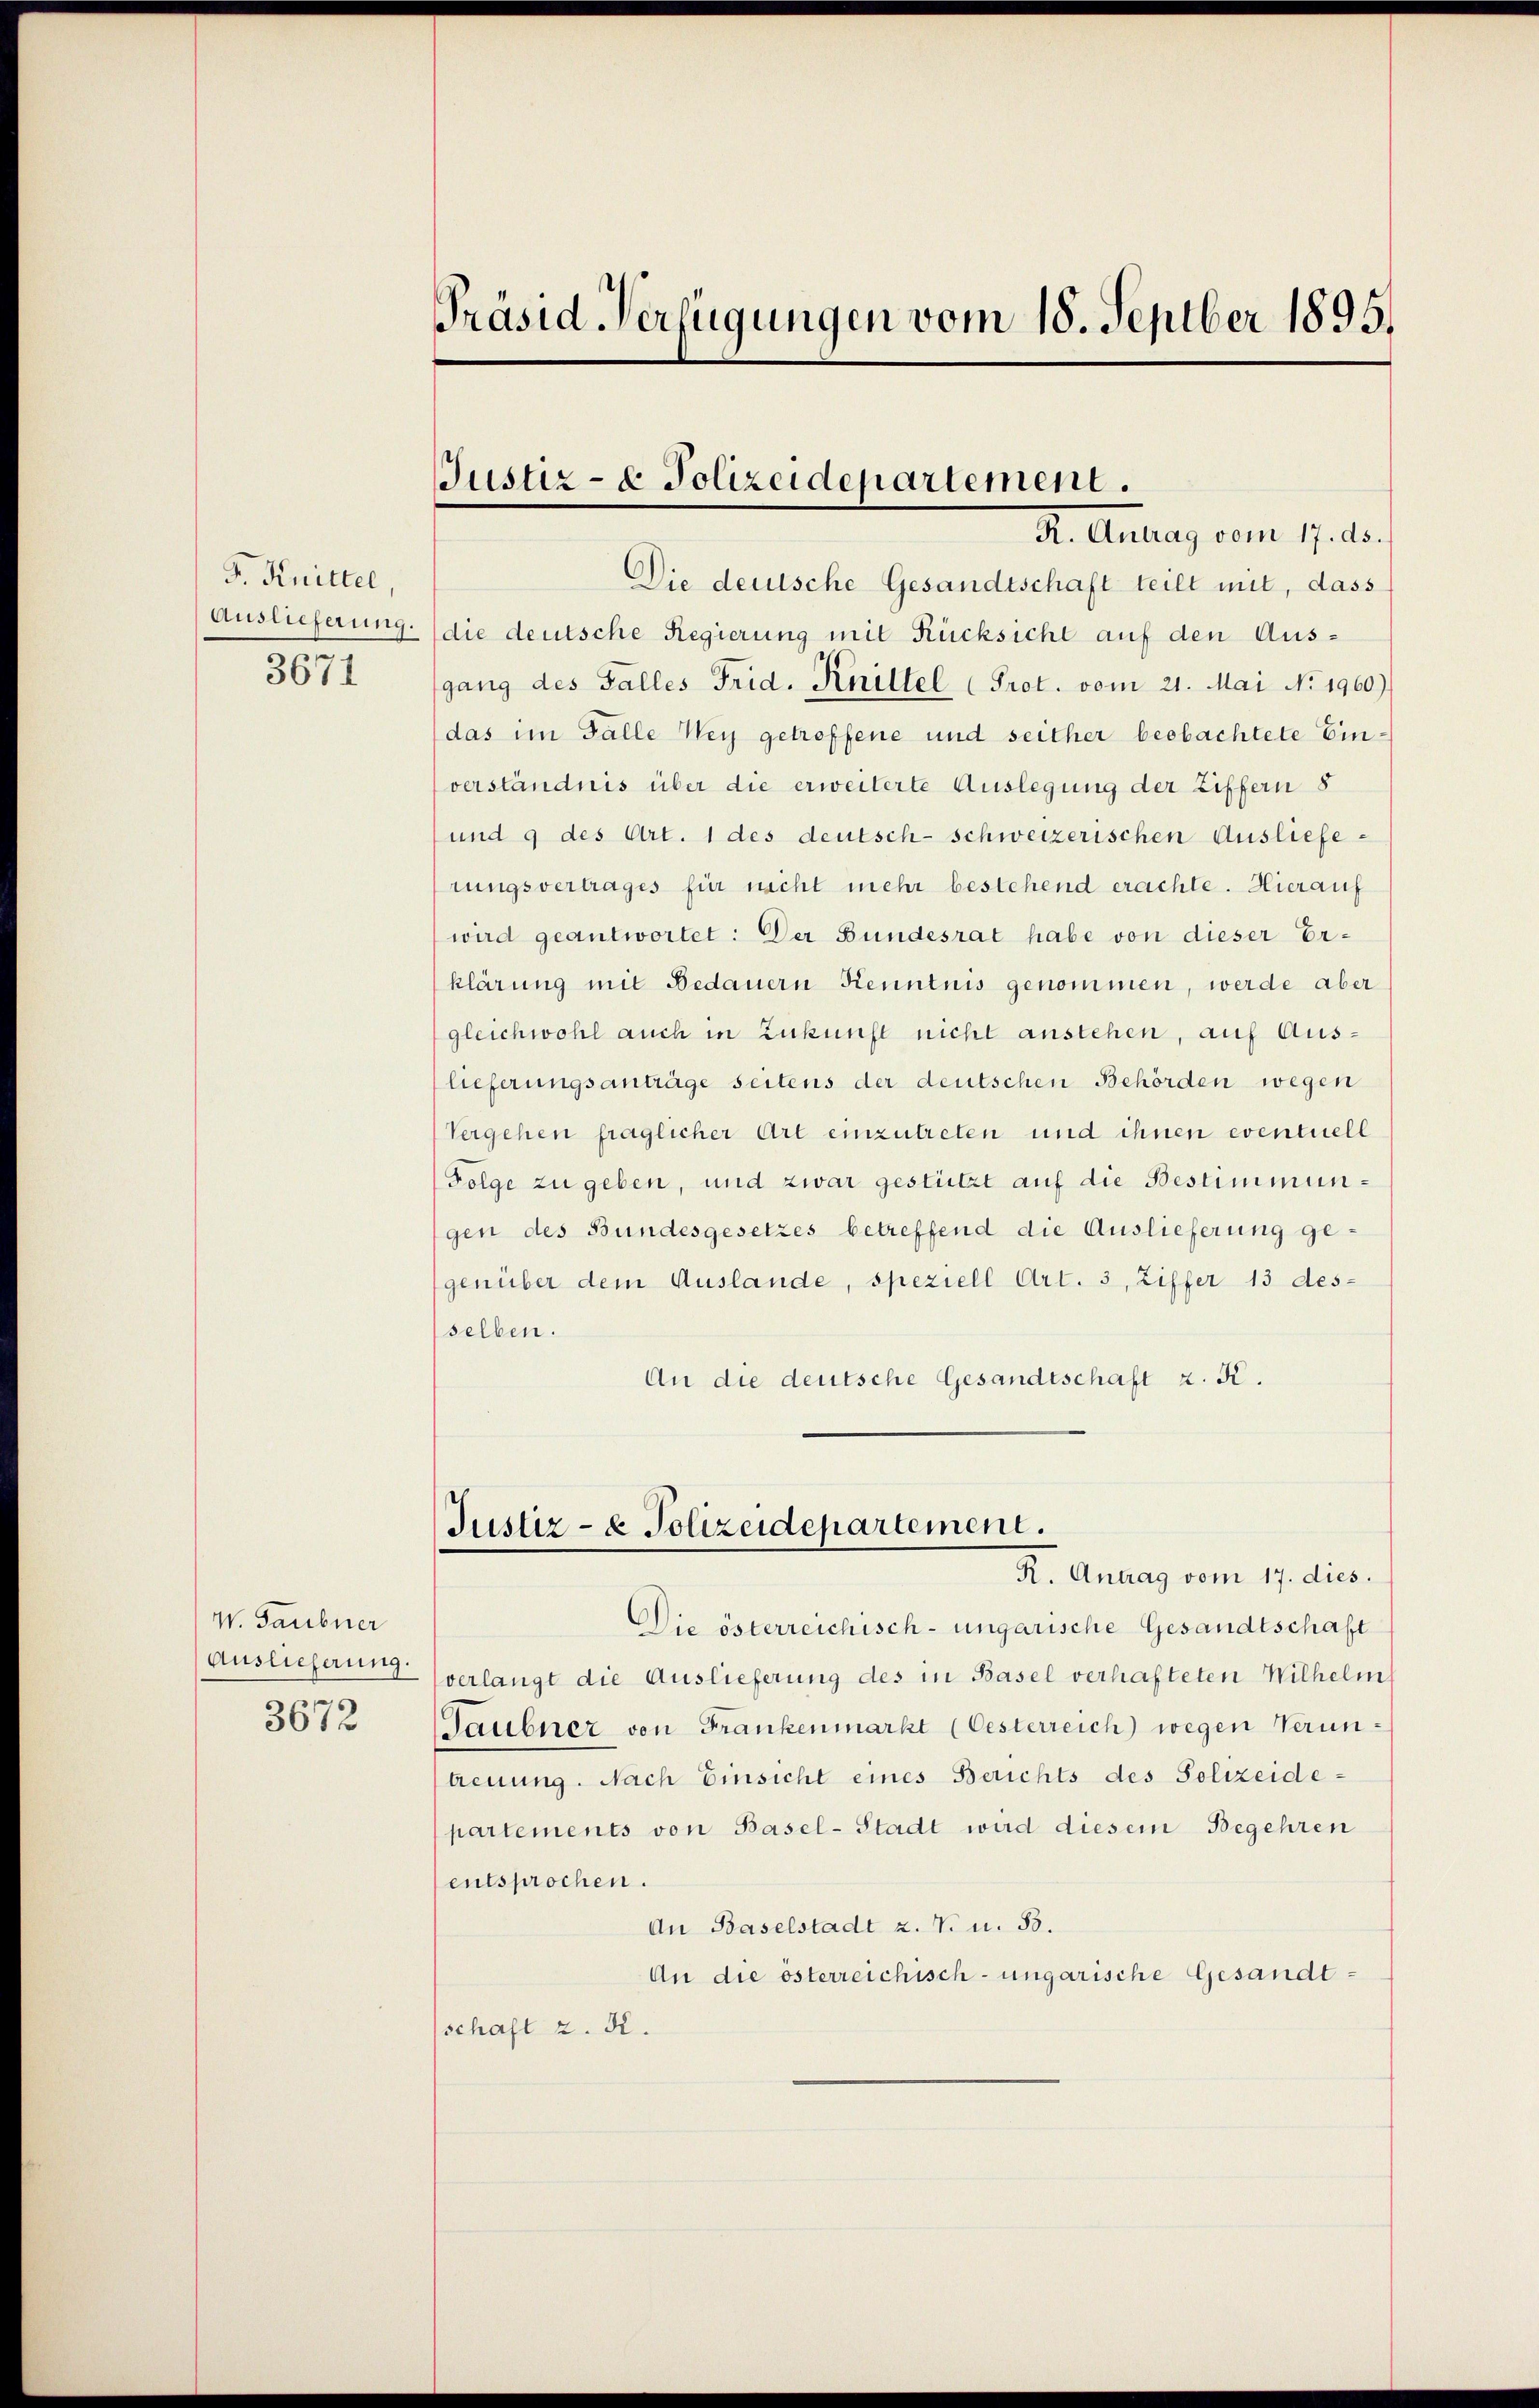
F. Knittel,
3671

W. Gaubner
Auslieferung.
3672

Präsid. Verfügungen vom 18. Septber 1895.

Justiz- & Polizeidepartement.
I. Antrag vom 17. ds.

Die deutsche Gesandtschaft teilt mit, dass
Auslieferung. (die deutsche Regierung mit Rücksicht auf den Ausgang des Falles Frid. Knittel (Prot. vom 21. Mai No 1960)
das im Falle Wey getreffene und seither beobachtete Einverständnis über die erweiterte Auslegung der Ziffern 8
und 9 des Art. 1 des deutsch-schweizerischen Auslieferungsvertrages für nicht mehr bestehend erachte. Hierauf
wird geantwortet: Der Bundesrat habe von dieser Er-
klärung mit Bedauern Kenntnis genommen, werde aber
gleichwohl auch in Zukunft nicht anstehen, auf Auslieferungsanträge seitens der deutschen Behörden wegen
Vergehen fraglicher Art einzutreten und ihnen eventuell
Folge zu geben, und zwar gestützt auf die Bestimmungen des Bundesgesetzes betreffend die Auslieferung gegenüber dem Auslande, speziell Art. 3, Ziffer 13 des-
selben.
An die deutsche Gesandtschaft z. K.

Justiz- & Polizeidepartement.
K. Antrag vom 17. dies.

Die österreichisch-ungarische Gesandtschaft
verlangt die Auslieferung des in Basel verhafteten Wilhelm
Saubner von Frankenmarkt (Oesterreich) wegen Veruntreuung. Nach Einsicht eines Berichts des Polizeidepartements von Basel-Stadt wird diesem Begehren
entsprochen.
An Baselstadt z. V. u. 83.
An die österreichisch-ungarische Gesandt-
schaft z. R.